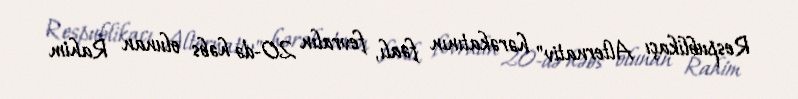
Respublikaçı Alternativ" hərəkatının fəalı, fevralın 20-də həbs olunan Rahim